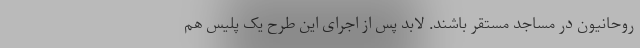
روحانیون در مساجد مستقر باشند. لابد پس از اجرای این طرح یک پلیس هم